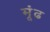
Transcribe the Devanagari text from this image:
मूंढ